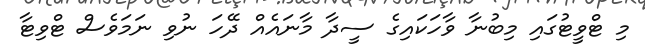
މި ޓްވީޓުގައި މިބުނާ ވާހަކައިގެ ސީދާ މާނައެއް ދޭހަ ނުވި ނަމަވެސް ޓްވިޓާ